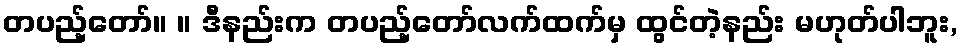
တပည့်တော်။ ။ ဒီနည်းက တပည့်တော်လက်ထက်မှ ထွင်တဲ့နည်း မဟုတ်ပါဘူး,